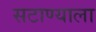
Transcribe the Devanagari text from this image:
सटाण्याला